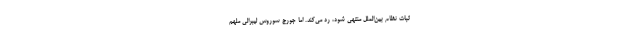
ثبات نظام بین‌الملل منتهی شود، رد می‌کند. اما جورج سوروس لیبرالی ملهم